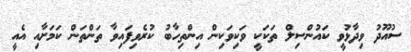
ސުއޫދު ވިދާޅުވީ ކައުންސިލް ތަކަކީ ވަކިވަކިން އިންތިހާބު ކުރެވިފައިވާ ތަންތަން ކަމަށާއި އެއީ